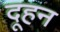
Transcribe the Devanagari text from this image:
दूहन